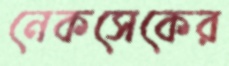
নেকসেকের